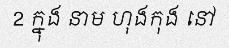
2 ក្នុង នាម ហុងកុង នៅ